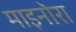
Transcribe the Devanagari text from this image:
माइनोरा